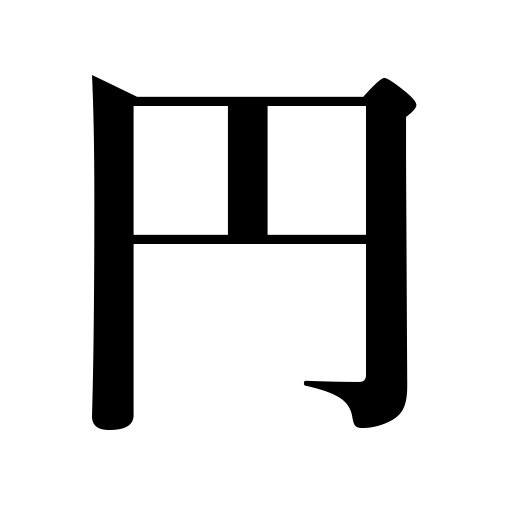
Meanings: round,yen,spherical,circle,circular